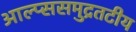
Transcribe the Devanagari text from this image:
आल्प्ससमुद्रतटीय